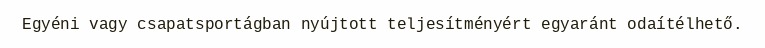
Egyéni vagy csapatsportágban nyújtott teljesítményért egyaránt odaítélhető.